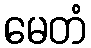
မေတံ